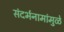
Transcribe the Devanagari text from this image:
संदर्भनामांमुळे